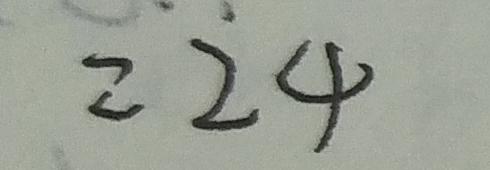
2 2 4